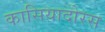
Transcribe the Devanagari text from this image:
कासियादोरस